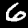
Digit: 6